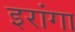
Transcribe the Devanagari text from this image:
इरांगा